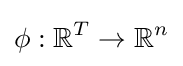
\phi :\mathbb {R} ^{T}\to \mathbb {R} ^{n}